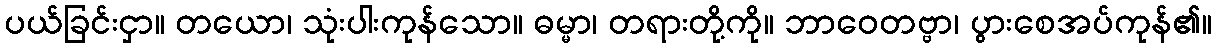
ပယ်ခြင်းငှာ။ တယော၊ သုံးပါးကုန်သော။ ဓမ္မာ၊ တရားတို့ကို။ ဘာဝေတဗ္ဗာ၊ ပွားစေအပ်ကုန်၏။